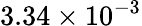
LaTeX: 3.34\times 10^{-3}